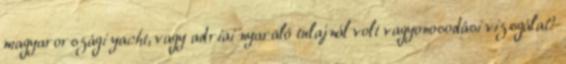
magyarországi yacht, vagy adriai nyaraló tulajnál volt vagyonosodási vizsgálat?